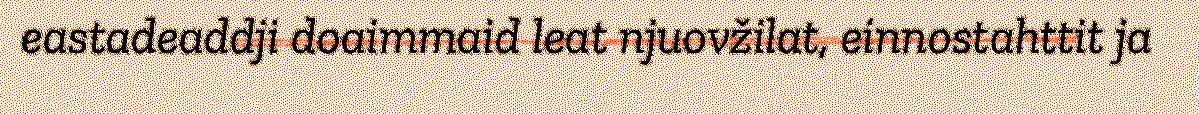
eastadeaddji doaimmaid leat njuovžilat, einnostahttit ja